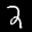
Label: 2